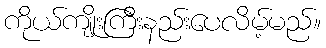
ကိုယ်ကျိုးကြီးနည်းပေလိမ့်မည်။